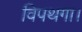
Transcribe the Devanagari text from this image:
विपथगा।